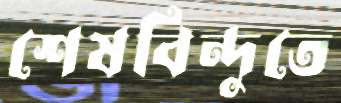
শেষবিন্দুতে